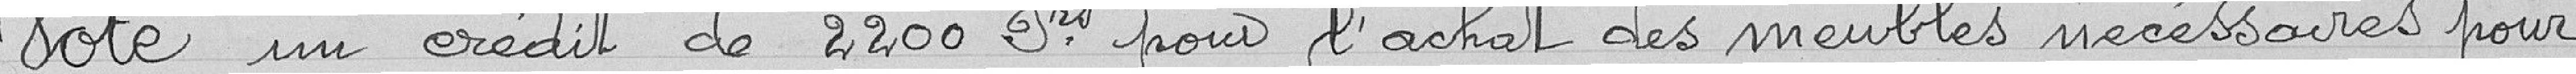
Vote d'un crédit de 2200 Francs pour l'achat des meubles nécessaires pour